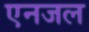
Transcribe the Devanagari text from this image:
एनजल